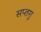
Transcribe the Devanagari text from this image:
सप्तगु